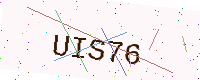
Text: UIS76